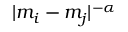
| m _ { i } - m _ { j } | ^ { - \alpha }